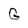
Character: G